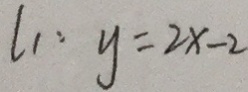
l _ { 1 } : y = 2 x - 2